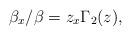
LaTeX: \begin{align*}\beta_{x}/\beta=z_{x}\Gamma_{2}(z), \end{align*}